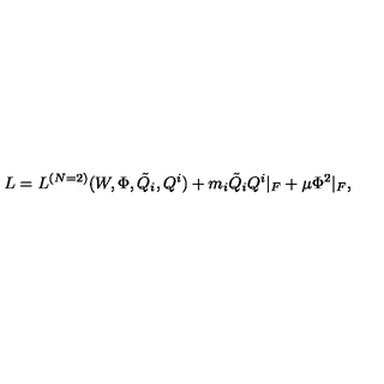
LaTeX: L = L ^ { ( N = 2 ) } ( W , \Phi , { \tilde { Q } } _ { i } , Q ^ { i } ) + m _ { i } { \tilde { Q } } _ { i } Q ^ { i } | _ { F } + \mu \Phi ^ { 2 } | _ { F } ,